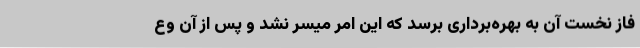
فاز نخست آن به بهره‌برداری برسد که این امر میسر نشد و پس از آن وع